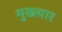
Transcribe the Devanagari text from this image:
मुख्त्यार